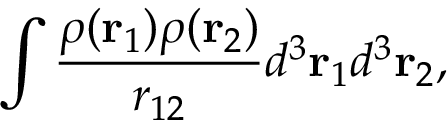
\int \frac { \rho ( \mathbf { r } _ { 1 } ) \rho ( \mathbf { r } _ { 2 } ) } { r _ { 1 2 } } d ^ { 3 } \mathbf { r } _ { 1 } d ^ { 3 } \mathbf { r } _ { 2 } ,